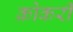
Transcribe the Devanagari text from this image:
क्रोकरी